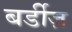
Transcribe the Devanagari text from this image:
बर्डीज़